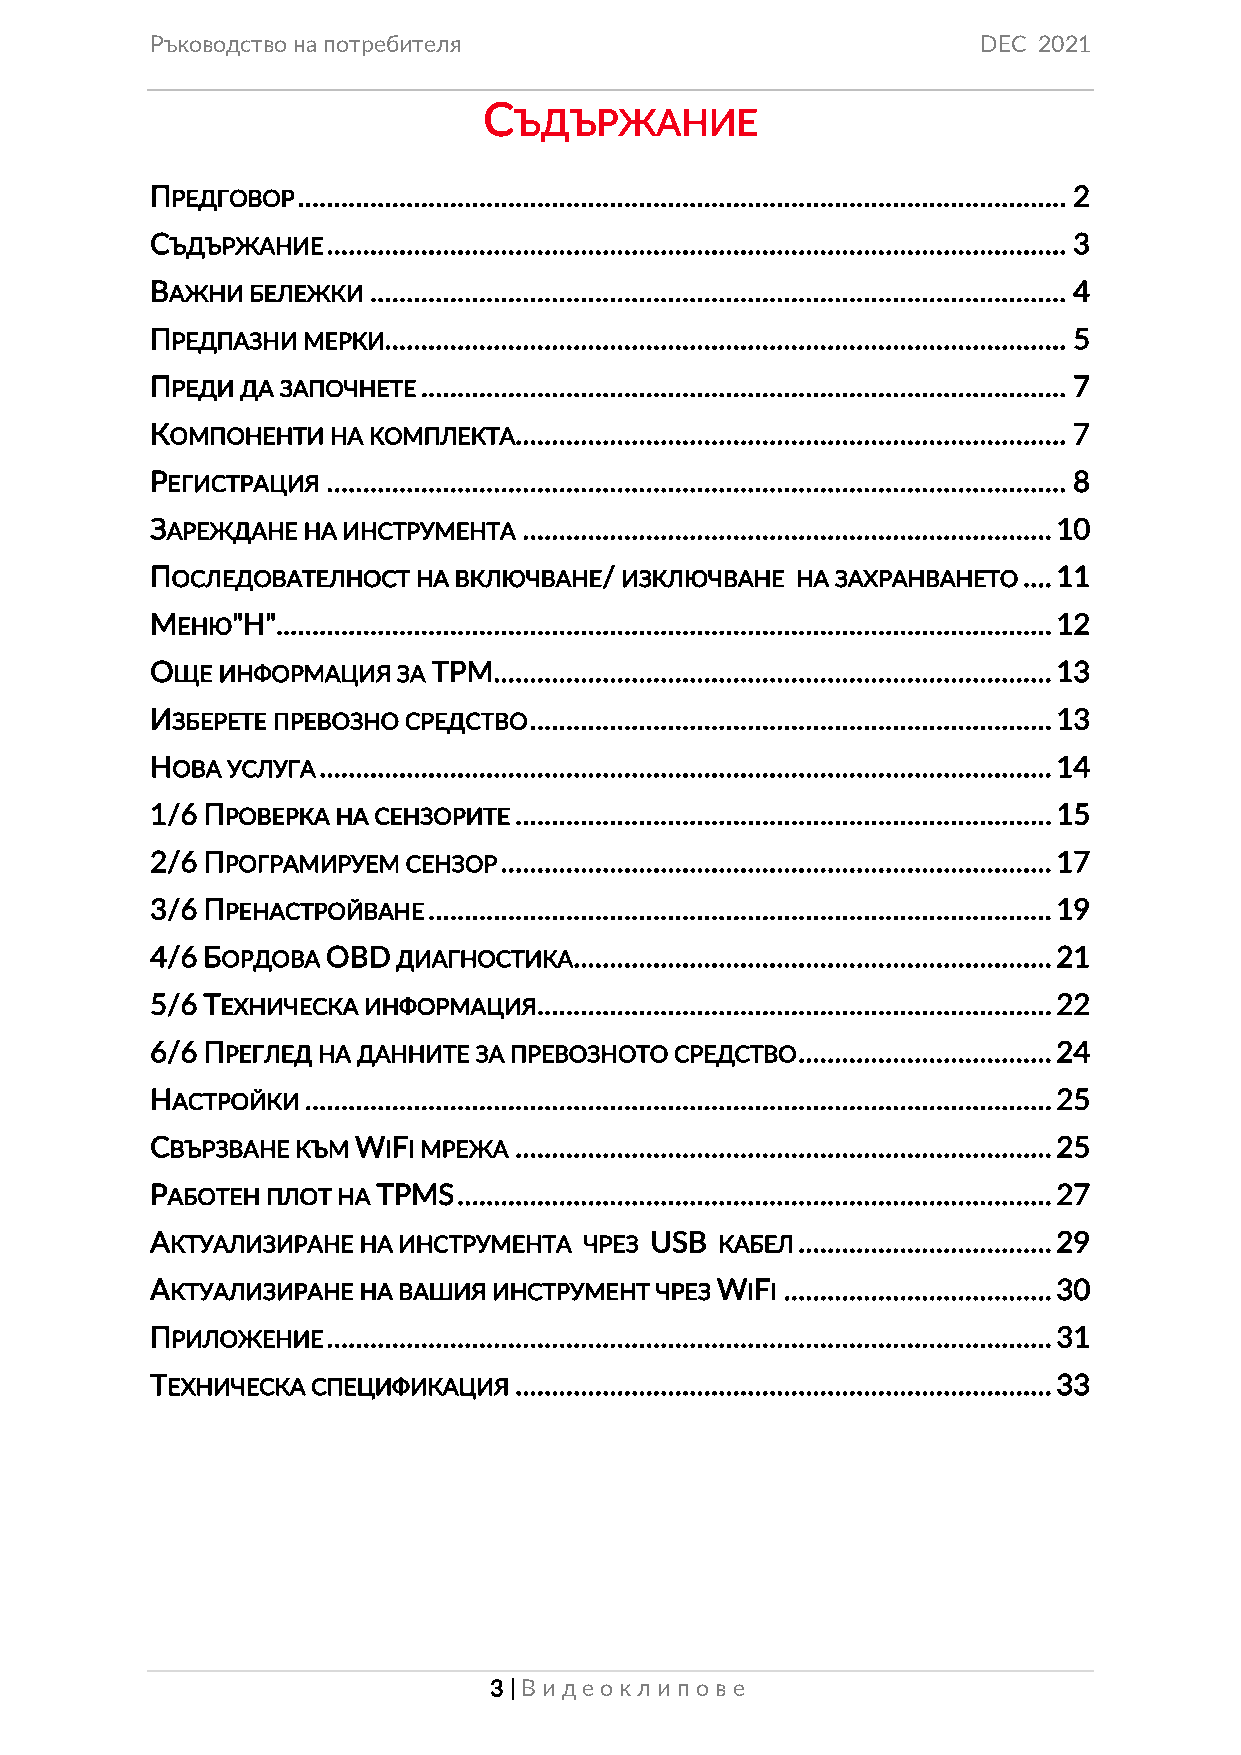
Ръководство на потребителя                             DEC 2021
 С
 ЪДЪРЖАНИЕ
 ПРЕДГОВОР .......................................................................................................... 2
 СЪДЪРЖАНИЕ  ...................................................................................................... 3
 ВАЖНИ  БЕЛЕЖКИ ................................................................................................ 4
 ПРЕДПАЗНИ МЕРКИ.............................................................................................. 5
 ПРЕДИ ДА ЗАПОЧНЕТЕ ......................................................................................... 7
 КОМПОНЕНТИ  НА КОМПЛЕКТА............................................................................ 7
 РЕГИСТРАЦИЯ ...................................................................................................... 8
 ЗАРЕЖДАНЕ НА ИНСТРУМЕНТА ......................................................................... 10
 ПОСЛЕДОВАТЕЛНОСТ  НА ВКЛЮЧВАНЕ/ ИЗКЛЮЧВАНЕ НА ЗАХРАНВАНЕТО .... 11
 МЕНЮ"Н". .......................................................................................................... 12
 ОЩЕ ИНФОРМАЦИЯ  ЗА ТРМ............................................................................. 13
 ИЗБЕРЕТЕ ПРЕВОЗНО СРЕДСТВО ........................................................................ 13
 НОВА УСЛУГА ..................................................................................................... 14
 1/6 ПРОВЕРКА НА СЕНЗОРИТЕ .......................................................................... 15
 2/6 ПРОГРАМИРУЕМ СЕНЗОР ............................................................................ 17
 3/6 ПРЕНАСТРОЙВАНЕ ...................................................................................... 19
 4/6 БОРДОВА OBD ДИАГНОСТИКА .................................................................. 21
 5/6 ТЕХНИЧЕСКА ИНФОРМАЦИЯ ....................................................................... 22
 6/6 ПРЕГЛЕД НА ДАННИТЕ ЗА ПРЕВОЗНОТО СРЕДСТВО ................................... 24
 НАСТРОЙКИ ....................................................................................................... 25
 СВЪРЗВАНЕ КЪМ WIFI МРЕЖА .......................................................................... 25
 РАБОТЕН ПЛОТ НА TPMS .................................................................................. 27
 АКТУАЛИЗИРАНЕ НА ИНСТРУМЕНТА ЧРЕЗ USB КАБЕЛ ................................... 29
 АКТУАЛИЗИРАНЕ НА ВАШИЯ ИНСТРУМЕНТ ЧРЕЗ WIFI ..................................... 30
 ПРИЛОЖЕНИЕ  .................................................................................................... 31
 ТЕХНИЧЕСКА СПЕЦИФИКАЦИЯ .......................................................................... 33
 3 | Виде окл ип ове